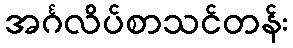
အင်္ဂလိပ်စာသင်တန်း